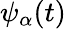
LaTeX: \psi_{\alpha}(t)